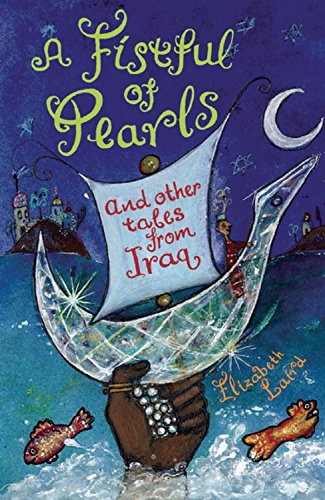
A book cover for A Fistful of Pearls and Other Tales from Iraq (Folktales from Around the World); Elizabeth Laird; Children's Books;